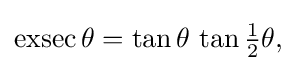
{\textstyle \operatorname {exsec} \theta =\tan \theta \,\tan {\tfrac {1}{2}}\theta {\vphantom {\Big |}},}